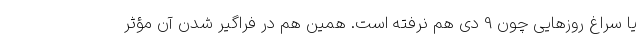
یا سراغ روزهایی چون 9 دی هم نرفته است. همین هم در فراگیر شدن آن مؤثر